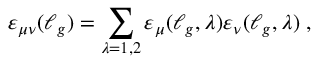
\varepsilon _ { \mu \nu } ( \ell _ { g } ) = \sum _ { \lambda = 1 , 2 } \varepsilon _ { \mu } ( \ell _ { g } , \lambda ) \varepsilon _ { \nu } ( \ell _ { g } , \lambda ) \; ,